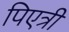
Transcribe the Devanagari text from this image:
पिएत्री